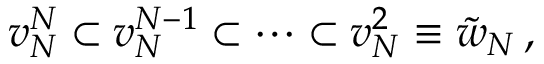
v _ { N } ^ { N } \subset v _ { N } ^ { N - 1 } \subset \cdots \subset v _ { N } ^ { 2 } \equiv { \tilde { w } } _ { N } \, ,